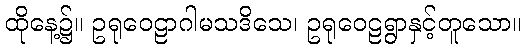
ထိုနေ့၌။ ဥရုဝေဠာဂါမသဒိသေ၊ ဥရုဝေဠရွာနှင့်တူသော။